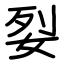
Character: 姴